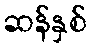
ဆန်နှစ်